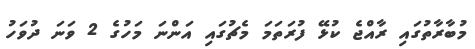
މުބާރާތުގައި ރާއްޖެ ކުޅޭ ފުރަތަމަ މެޗުގައި އަންނަ މަހުގެ 2 ވަނަ ދުވަހު